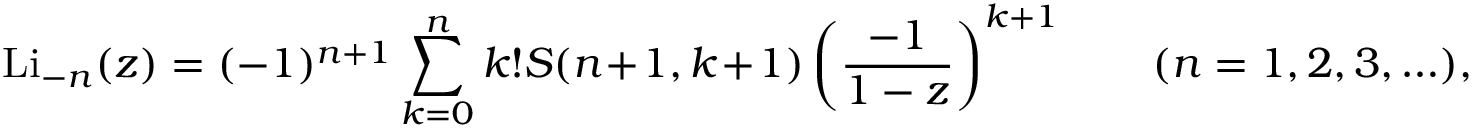
\operatorname { L i } _ { - n } ( z ) = ( - 1 ) ^ { n + 1 } \sum _ { k = 0 } ^ { n } k ! S ( n + 1 , k + 1 ) \left( { \frac { - 1 } { 1 - z } } \right) ^ { k + 1 } \qquad ( n = 1 , 2 , 3 , \ldots ) ,